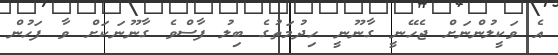
އެ ވަކީލުންނަށް ޖެހޭނީ ގާނޫނީ ހިދުމަތުގެ ބިލު ފާސްވެ ގާނޫނަކަށް ވާ ފަހުން